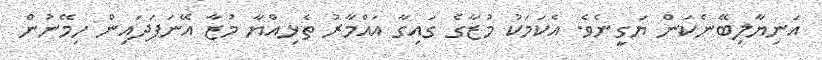
އަނިޔާލިބޭނެކަން ޔަގީނެވެ. އެކަމަކު މުޒާގެ ގައިގާ އައްމާރު ތެޅިއްޔާ މުޒާ އޭނަފަދައިން ހިމޭނުން